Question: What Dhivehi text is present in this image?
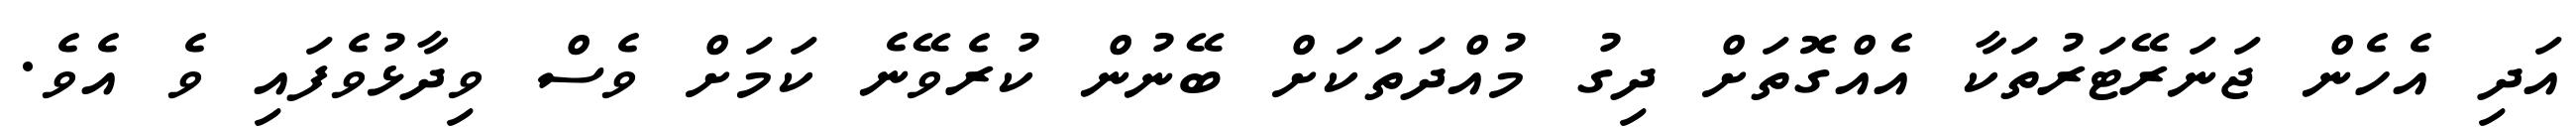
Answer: އަދި އެހެން ޖަނަރޭޓަރުތަކާ އެއްގޮތަށް ދިގު މުއްދަތަކަށް ބޭނުން ކުރެވޭނެ ކަމަށް ވެސް ވިދާޅުވެފައި ވެ އެވެ.